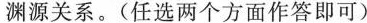
渊源关系。(任选两个方面作答即可)